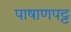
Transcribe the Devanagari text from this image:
पाषाणपट्ट